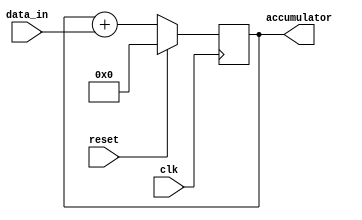
module simple_accumulator(
    input wire clk,
    input wire reset,
    input wire [3:0] data_in,
    output reg [7:0] accumulator
);

always @(posedge clk) begin
    if (reset) begin
        accumulator <= 8'b0;
    end else begin
        accumulator <= accumulator + data_in;
    end
end

endmodule